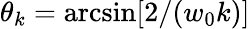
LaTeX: \theta_{k}=\arcsin[2/(w_{0}k)]